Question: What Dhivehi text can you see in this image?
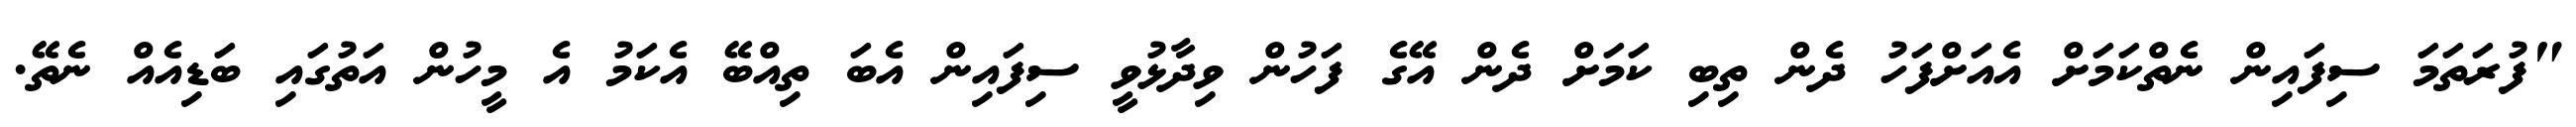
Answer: "ފުރަތަމަ ސިފައިން ނެތްކަމަށް އެއަށްފަހު ދެން ތިބި ކަމަށް ދެން އޭގެ ފަހުން ވިދާޅުވީ ސިފައިން އެބަ ތިއްބޭ އެކަމު އެ މީހުން އަތުގައި ބަޑިއެއް ނެތޭ.